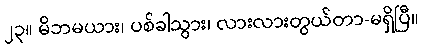
၂၃။ မိဘမယား၊ ပစ်ခါသွား၊ လားလားတွယ်တာ-မရှိပြီ။